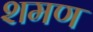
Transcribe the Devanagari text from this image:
शमण